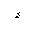
Letter: _hamza